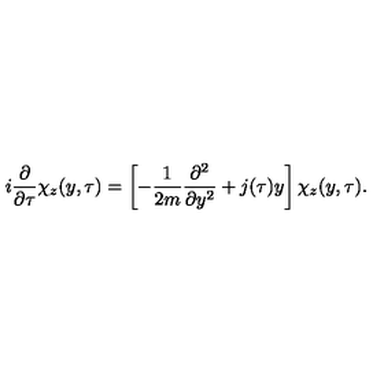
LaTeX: i \frac { \partial } { \partial \tau } \chi _ { z } ( y , \tau ) = \left[ - \frac { 1 } { 2 m } \frac { \partial ^ { 2 } } { \partial y ^ { 2 } } + j ( \tau ) y \right] \chi _ { z } ( y , \tau ) .